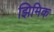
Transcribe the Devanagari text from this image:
झिमिक